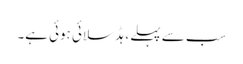
سب سے پہلے ، ہڈ سلائی ہوئی ہے۔